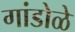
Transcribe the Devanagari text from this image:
गांडोळे